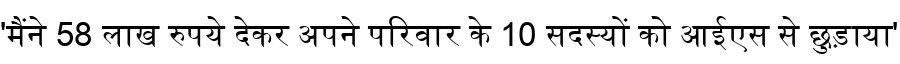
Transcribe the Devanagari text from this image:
'मैंने 58 लाख रुपये देकर अपने परिवार के 10 सदस्यों को आईएस से छुड़ाया'